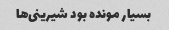
بسیار مونده بود شیرینی‌ها